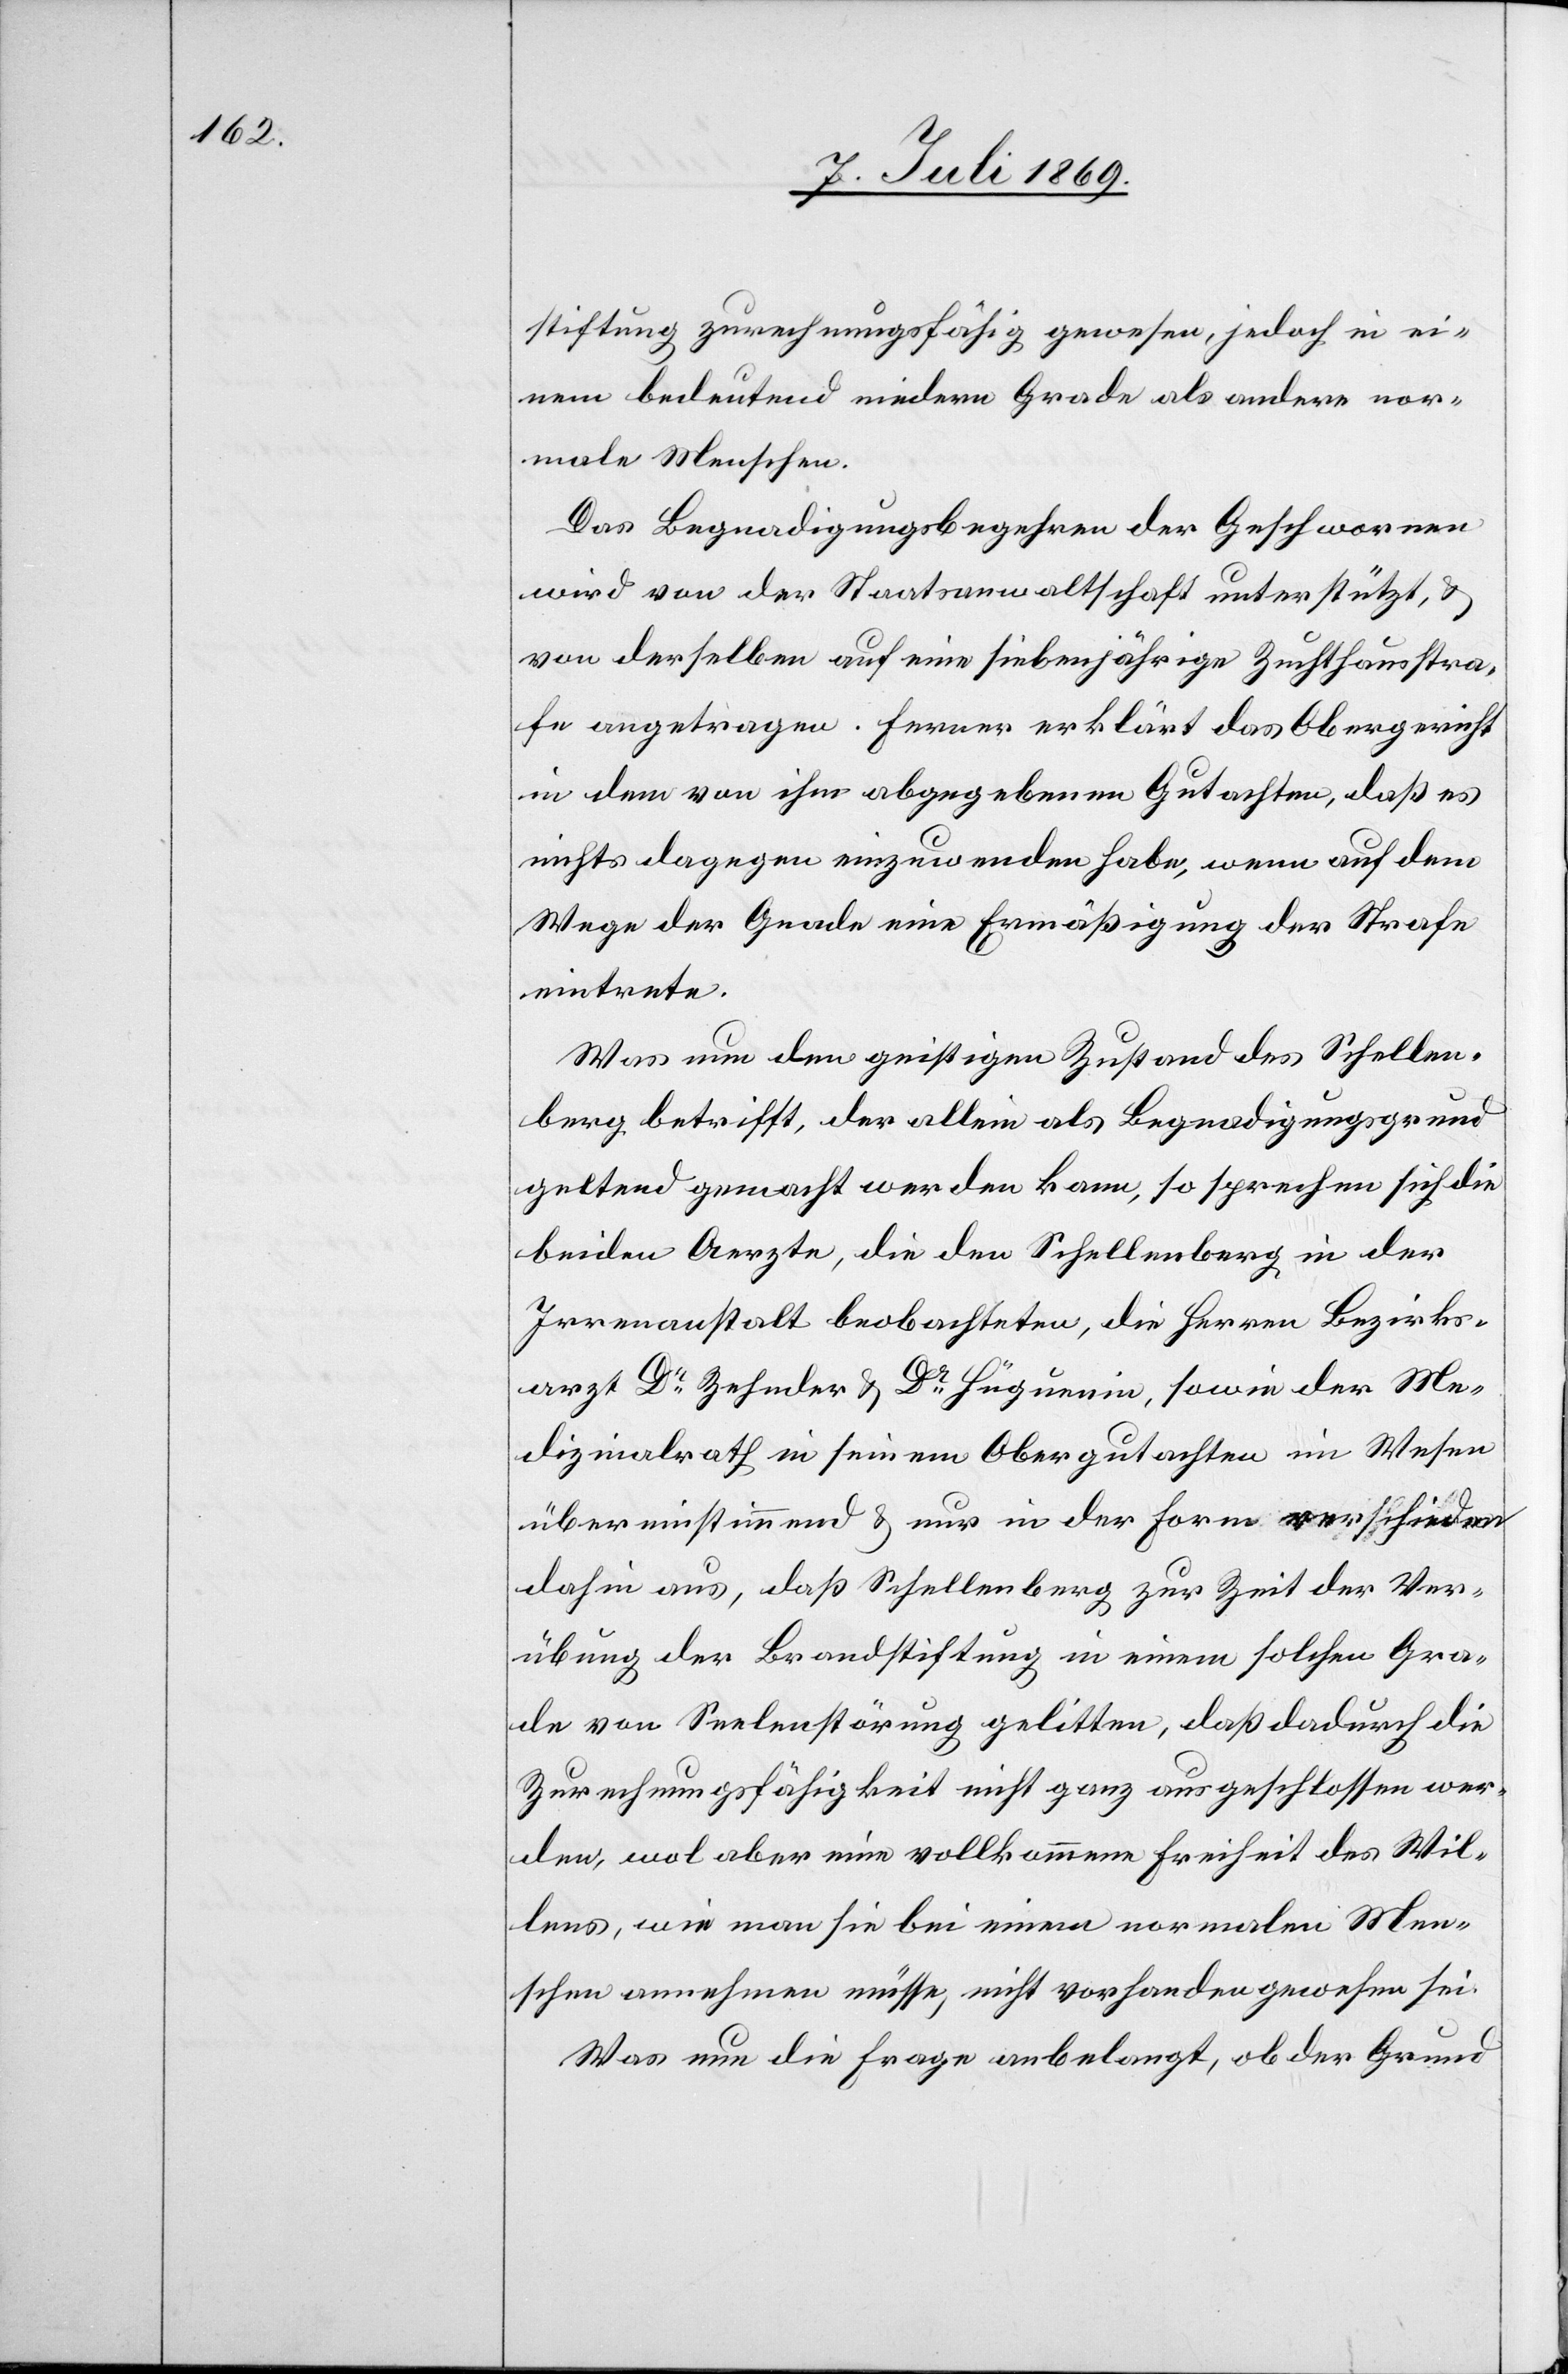
stiftung zurechnungsfähig gewesen, jedoch in ei¬
nem bedeutend niedern Grade als andere nor¬
male Menschen.
Das Begnadigungsbegehren der Geschworenen
wird von der Staatsanwaltschaft unterstützt, u.
von derselben auf eine siebenjährige Zuchthausstra¬
fe angetragen. Ferner erklärt das Obergericht
in dem von ihm abgegebenen Gutachten, daß es
nichts dagegen einzuwenden habe, wenn auf dem
Wege der Gnade eine Ermäßigung der Strafe
eintrete.
Was nun den geistigen Zustande des Schellen¬
berg betrifft, der allein als Begnadigungsgrund
geltend gemacht werden kann, so sprechen sich die
beiden Aerzte, die den Schellenberg in der
Irrenanstalt beobachteten, die Herren Bezirks¬
arzt Dr Zehnder u. Dr Hüguenin, sowie der Me¬
dizinalrath in seinem Obergutachten im Wesen
übereinstimmend u. nur in der Form verschieden
dahin aus, daß Schellenberg zur Zeit der Ver¬
übung der Brandstiftung in einem solchen Gra¬
de von Seelenstörung gelitten, daß dadurch die
Zurechnungsfähigkeit nicht ganz ausgeschlossen wer¬
den, wol aber eine vollkommene Freiheit des Wil¬
lens, wie man sie bei einem normalen Men¬
schen annehmen müsse, nicht vorhanden gewesen sei.
Was nun die Frage anbelangt, ob der Grund